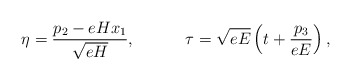
\begin{align*}\eta =\frac{p_2-eHx_1}{\sqrt{eH}},\hspace{0.5in}\tau =\sqrt{eE}\left( t+\frac{p_3}{eE}\right),\end{align*}